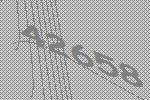
42658